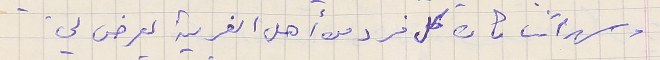
وسهراتنا كان كل فرد من أهل القرية يعرض لي